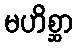
မဟိစ္ဆာ